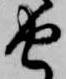
由